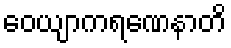
ဝေယျာကရဏေနာတိ